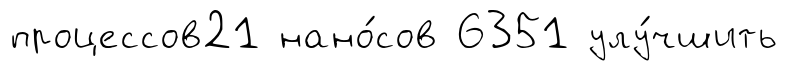
процессов21 нано́сов 6351 улу́чшить